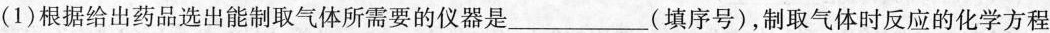
(1)根据给出药品选出能制取气体所需要的仪器是___(填序号)，制取气体时反应的化学方程